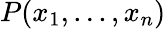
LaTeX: P(x_{1},...,x_{n})